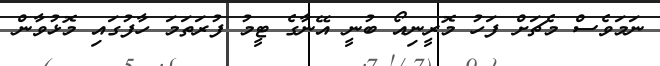
ނަމަވެސް މެޗަށް ފަހު މޮރީނިއޯ ބުނީ އޭނާގެ ޓީމު ފުރަތަމަ ހާފުގައި މޮޅުވާން